Report on the working of the Ranchi Indian Mental Hospital, Kanke, in Bihar and Orissa - 1930-1940
Year: 1930
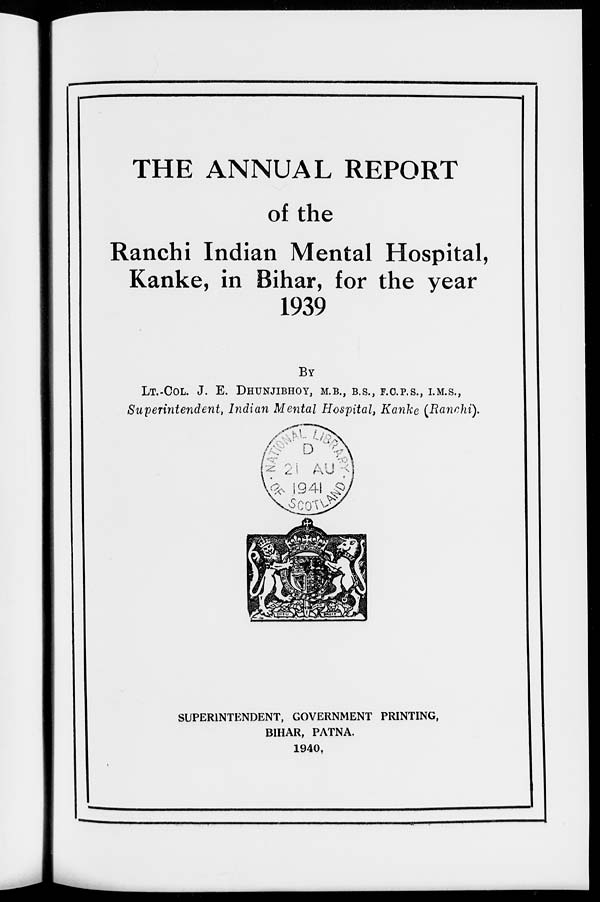
THE ANNUAL REPORT
of the
Ranchi Indian Mental Hospital,
Kanke, in Bihar, for the year
1939
BY
LT.-COL. J. E. DHUNJIBHOY, M.B., B.S., F.C.P.S., I.M.S.,
Superintendent, Indian Mental Hospital, Kanke (Ranchi).
SUPERINTENDENT, GOVERNMENT PRINTING,
BIHAR, PATNA.
1940.